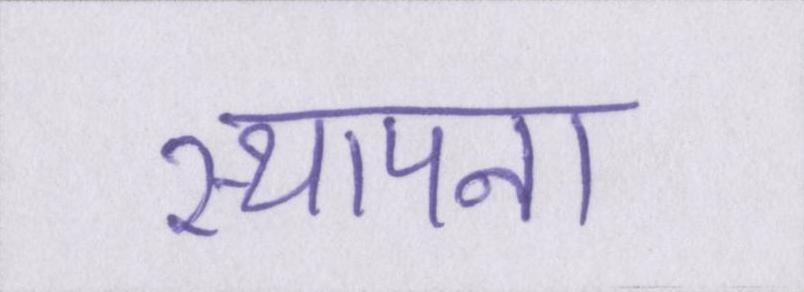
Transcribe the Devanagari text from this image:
स्थापना